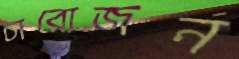
চারোজন